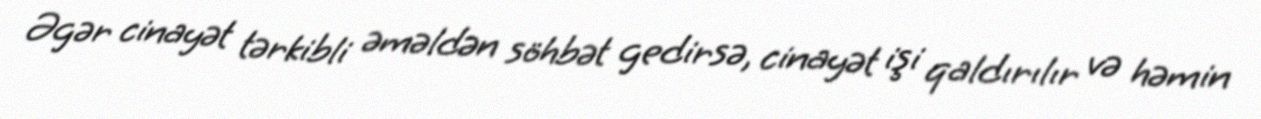
Əgər cinayət tərkibli əməldən söhbət gedirsə, cinayət işi qaldırılır və həmin